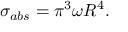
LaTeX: \sigma _ { a b s } = \pi ^ { 3 } \omega R ^ { 4 } .